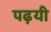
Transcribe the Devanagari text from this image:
पढ़यी